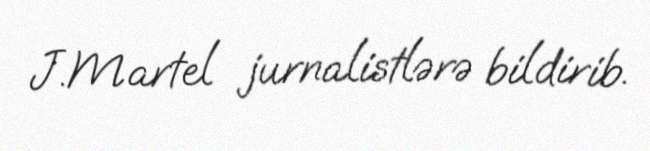
J.Martel jurnalistlərə bildirib.